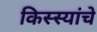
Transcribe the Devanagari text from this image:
किस्स्यांचे